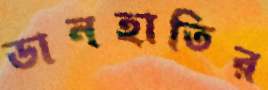
ডানহাতির